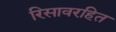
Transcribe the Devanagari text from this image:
रिसावरहित